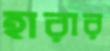
হারার